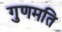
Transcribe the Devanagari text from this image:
गुणमति